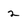
Character: 2